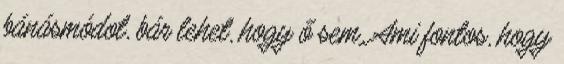
bánásmódot, bár lehet, hogy ő sem. Ami fontos, hogy